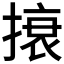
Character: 𰔜